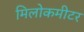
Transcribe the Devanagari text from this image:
मिलोकमीटर